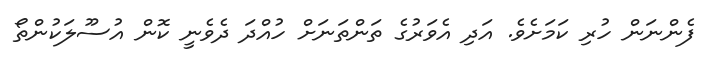
ފެންނަން ހުރި ކަމަށެވެ. އަދި އެވަރުގެ ތަންތަނަށް ހުއްދަ ދެވެނީ ކޮން އުސޫލަކުންތޯ